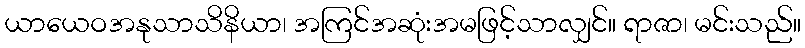
ယာယေဝအနုသာသိနိယာ၊ အကြင်အဆုံးအမဖြင့်သာလျှင်။ ရာဇာ၊ မင်းသည်။